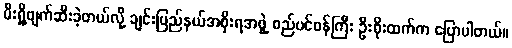
မီးရှို့ဖျက်ဆီးခဲ့တယ်လို့ ချင်းပြည်နယ်အစိုးရအဖွဲ့ စည်ပင်ဝန်ကြီး ဦးစိုးထက်က ပြောပါတယ်။